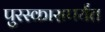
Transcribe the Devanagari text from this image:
पुरस्कारापर्यंत